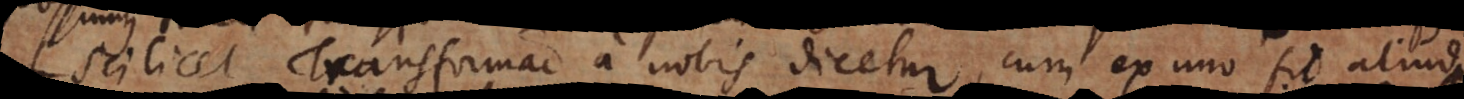
scilicet Transformatio a nobis dicetur, cum ex uno fit aliud